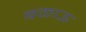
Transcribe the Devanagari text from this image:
बकाऊ